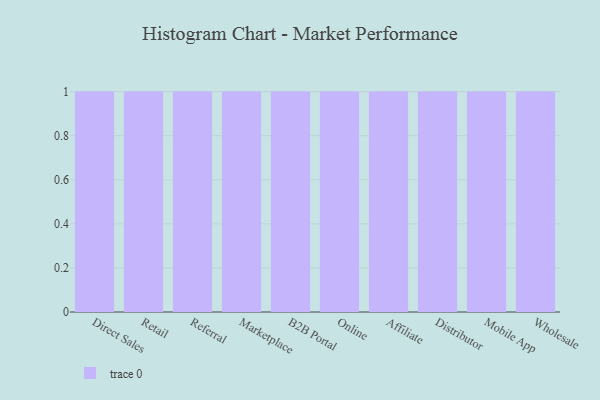
{"axis": {"x": "Channel", "y": "Budget (USD K)"}, "legend": [""], "data": [{"x": "Direct Sales", "y": 77, "type": ""}, {"x": "Retail", "y": 52, "type": ""}, {"x": "Referral", "y": 57, "type": ""}, {"x": "Marketplace", "y": 41, "type": ""}, {"x": "B2B Portal", "y": 78, "type": ""}, {"x": "Online", "y": 39, "type": ""}, {"x": "Affiliate", "y": 18, "type": ""}, {"x": "Distributor", "y": 7, "type": ""}, {"x": "Mobile App", "y": 70, "type": ""}, {"x": "Wholesale", "y": 57, "type": ""}]}